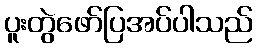
ပူးတွဲဖော်ပြအပ်ပါသည်